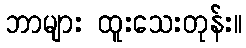
ဘာများ ထူးသေးတုန်း။